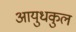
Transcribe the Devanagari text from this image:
आयुधकुल